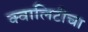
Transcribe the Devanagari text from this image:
क्वालिटीचा